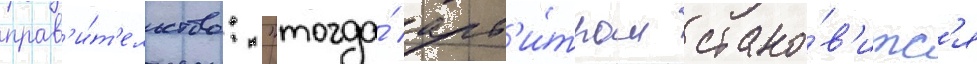
прав'и́т'ельство: "тогда́ арб'и́тром стано́в'итс'я